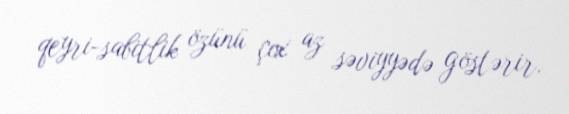
qeyri-sabitlik özünü çox az səviyyədə göstərir.